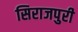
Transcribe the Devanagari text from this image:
सिराजपुरी